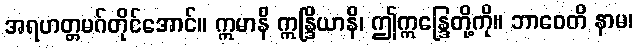
အရဟတ္တမဂ်တိုင်အောင်။ ဣမာနိ ဣန္ဒြိယာနိ၊ ဤဣန္ဒြေတို့ကို။ ဘာဝေတိ နာမ၊